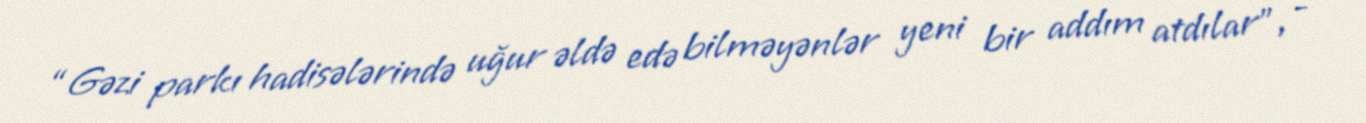
“Gəzi parkı hadisələrində uğur əldə edə bilməyənlər yeni bir addım atdılar”, -